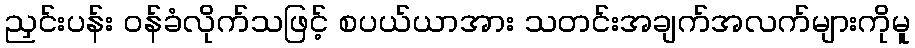
ညှင်းပန်း ဝန်ခံလိုက်သဖြင့် စပယ်ယာအား သတင်းအချက်အလက်များကိုမူ